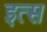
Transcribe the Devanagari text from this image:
इत्स